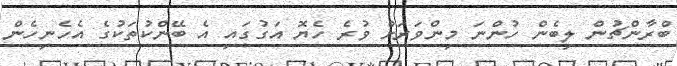
ބްރާންޗުން ލިބެން ހުންނަ މިންވަރަށް ވުރެ ހެޔޮ އަގުގައި އެ ބޭންކުތަކުގެ އެހެނިހެން